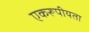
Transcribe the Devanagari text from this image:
एकरूपीयता